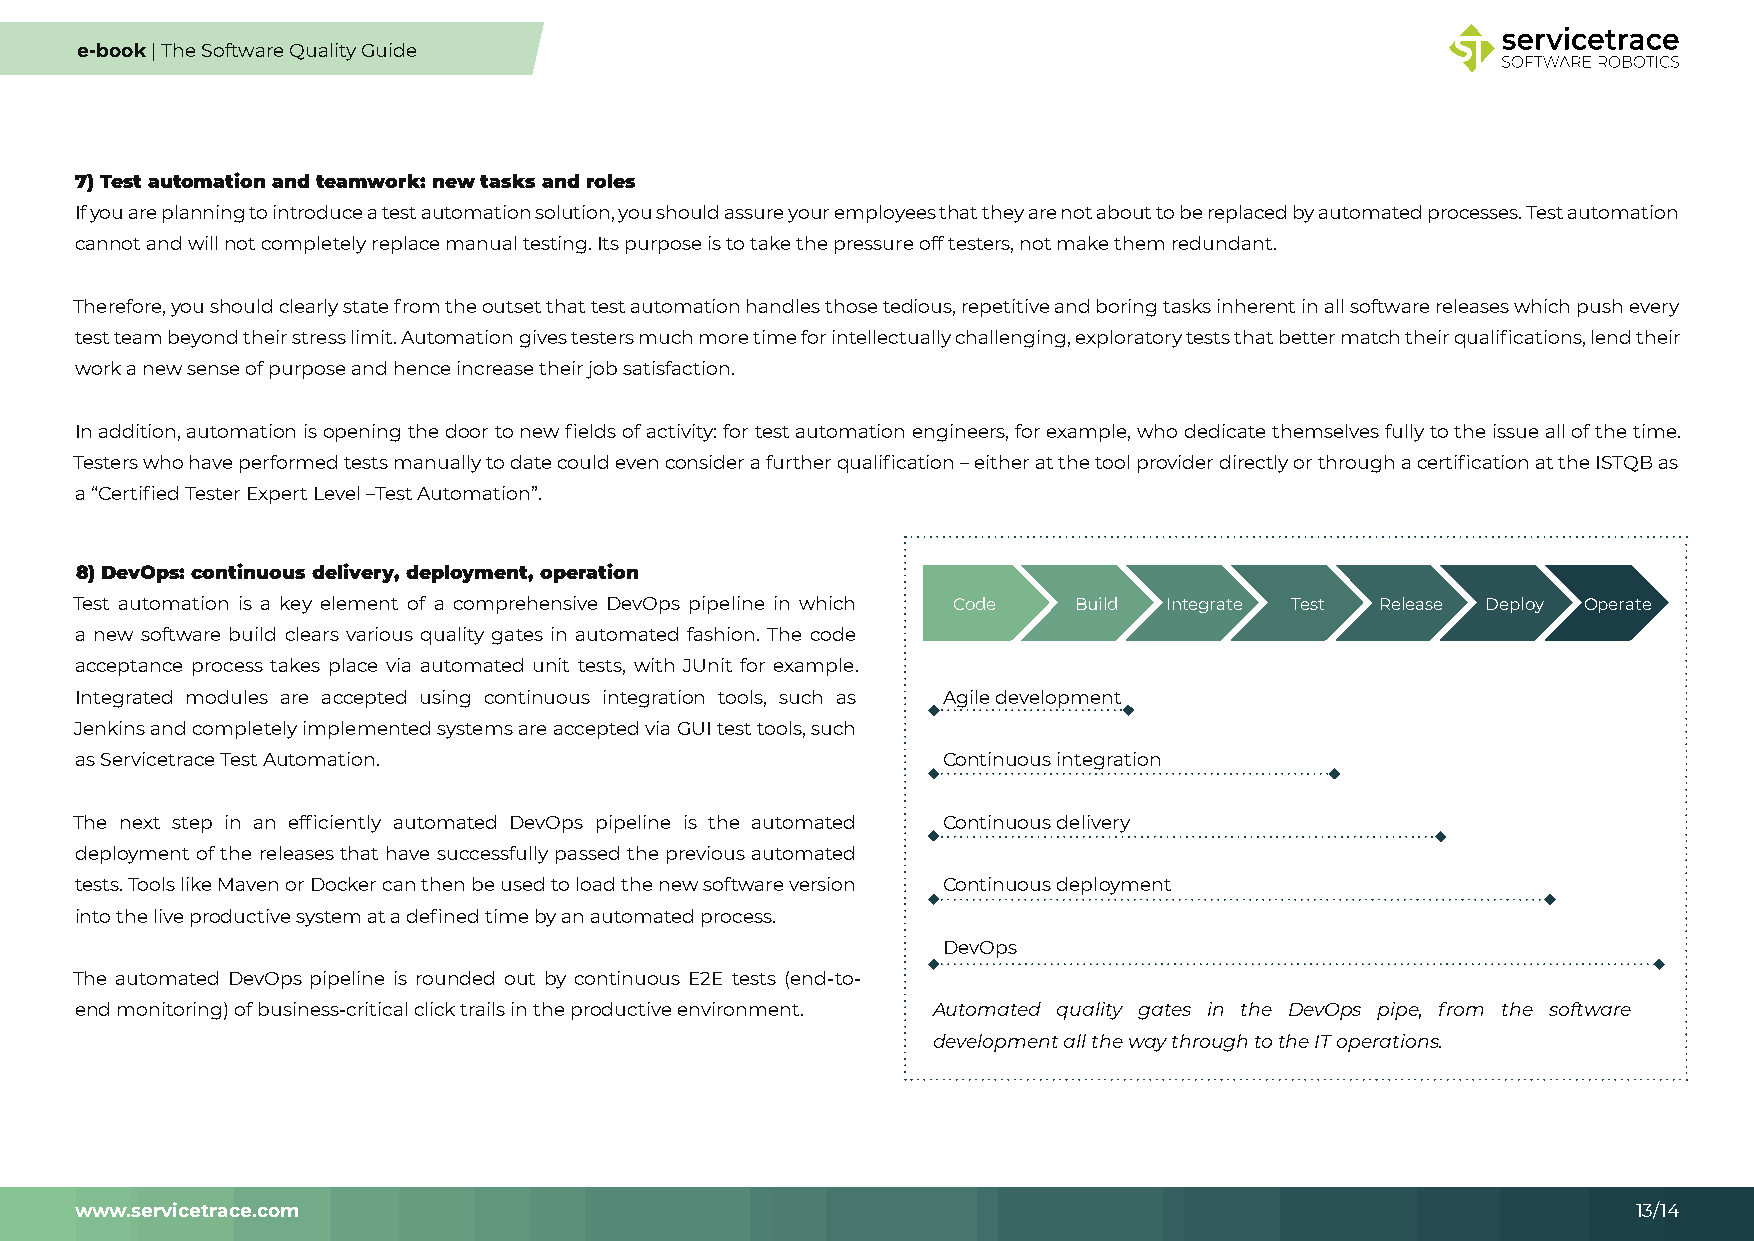
e-book | The Software Quality Guide
 7) Test automation and teamwork: new tasks and roles
 If you are planning to introduce a test automation solution, you should assure your employees that they are not about to be replaced by automated processes. Test automation
 cannot and will not completely replace manual testing. Its purpose is to take the pressure off testers, not make them redundant.
 Therefore, you should clearly state from the outset that test automation handles those tedious, repetitive and boring tasks inherent in all software releases which push every
 test team beyond their stress limit. Automation gives testers much more time for intellectually challenging, exploratory tests that better match their qualifications, lend their
 work a new sense of purpose and hence increase their job satisfaction.
 In addition, automation is opening the door to new fields of activity: for test automation engineers, for example, who dedicate themselves fully to the issue all of the time.
 Testers who have performed tests manually to date could even consider a further qualification – either at the tool provider directly or through a certification at the ISTQB as
 a “Certified Tester Expert Level –Test Automation”.
 8) DevOps: continuous delivery, deployment, operation
 Test automation is a key element of a comprehensive DevOps pipeline in which Code Build Integrate Test Release Deploy Operate
 a new software build clears various quality gates in automated fashion. The code
 acceptance process takes place via automated unit tests, with JUnit for example.
 Integrated modules are accepted using continuous integration tools, such as Agile development
 Jenkins and completely implemented systems are accepted via GUI test tools, such
 as Servicetrace Test Automation.                         Continuous integration
 The next step in an efficiently automated DevOps pipeline is the automated Continuous delivery
 deployment of the releases that have successfully passed the previous automated
 tests. Tools like Maven or Docker can then be used to load the new software version Continuous deployment
 into the live productive system at a defined time by an automated process.
 DevOps
 The automated DevOps pipeline is rounded out by continuous E2E tests (end-to-
 end monitoring) of business-critical click trails in the productive environment. Automated quality gates in the DevOps pipe, from the software
 development all the way through to the IT operations.
 www.servicetrace.com                                                                                   13/14